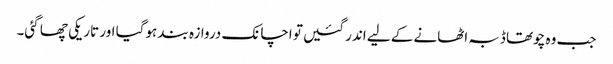
جب وہ چوتھا ڈبہ اٹھانے کے لیے اندر گئیں تو اچانک دروازہ بند ہوگیا اور تاریکی چھا گئی۔